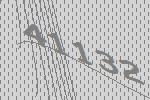
41132